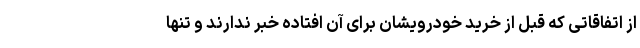
از اتفاقاتی که قبل از خرید خودرویشان برای آن افتاده خبر ندارند و تنها